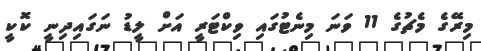
މިރޭގެ މެޗުގެ 11 ވަނަ މިނެޓުގައި ވިކްޓަރީ އަށް ލީޑު ނަގައިދިނީ ކޮކީ